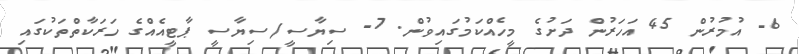
6- އުމުރުން 45 އަހަރުން ދަށުގެ މީހެއްކަމުގައިވުން. 7- ސިޔާސީ/ސިޔާސީ ޕާޓީއެއްގެ ހަރަކާތްތަކުގައި